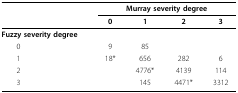
<table><thead><tr><td></td><td colspan="4"><b>Murray severity degree</b></td></tr><tr><td></td><td><b>0</b></td><td><b>1</b></td><td><b>2</b></td><td><b>3</b></td></tr></thead><tbody><tr><td><b>Fuzzy severity degree</b></td><td></td><td></td><td></td><td></td></tr><tr><td> 0</td><td>9</td><td>85</td><td></td><td></td></tr><tr><td> 1</td><td>18*</td><td>656</td><td>282</td><td>6</td></tr><tr><td> 2</td><td></td><td>4776*</td><td>4139</td><td>114</td></tr><tr><td> 3</td><td></td><td>145</td><td>4471*</td><td>3312</td></tr></tbody></table>